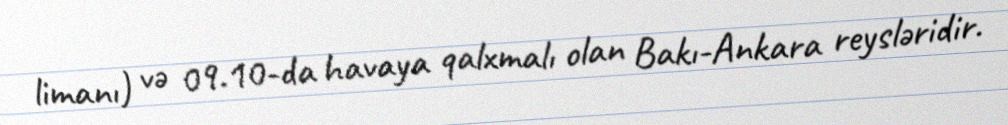
limanı) və 09.10-da havaya qalxmalı olan Bakı-Ankara reysləridir.